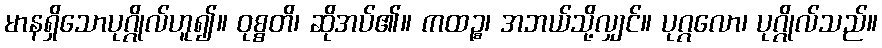
မာနရှိသောပုဂ္ဂိုလ်ဟူ၍။ ဝုစ္စတိ၊ ဆိုအပ်၏။ ကထဉ္စ၊ အဘယ်သို့လျှင်။ ပုဂ္ဂလော၊ ပုဂ္ဂိုလ်သည်။